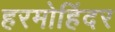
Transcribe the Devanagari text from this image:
हरमोहिंदर